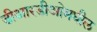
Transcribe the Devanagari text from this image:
डीआरडीओमधील